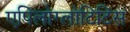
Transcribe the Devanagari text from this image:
एपिलोग्लोटिटिस